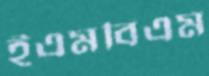
ইএমবিএম